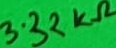
Text: 3.32kΩ